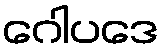
ဂေါပဒေ